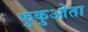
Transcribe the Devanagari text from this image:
फुकुओता